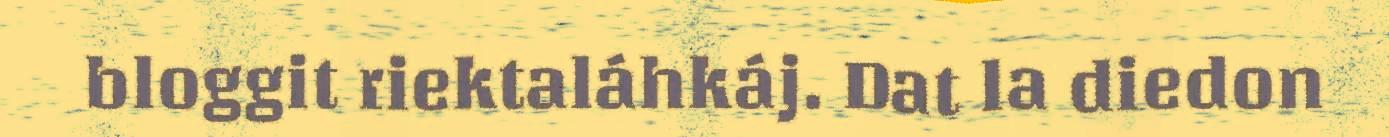
bloggit riektaláhkáj. Dat la diedon